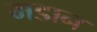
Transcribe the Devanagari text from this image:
मडान